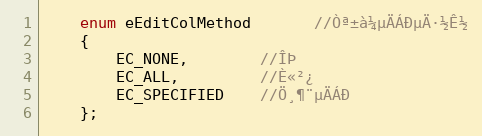
Language: C
    enum eEditColMethod       //Òª±à¼­µÄÁÐµÄ·½Ê½
    {
        EC_NONE,        //ÎÞ
        EC_ALL,         //È«²¿
        EC_SPECIFIED    //Ö¸¶¨µÄÁÐ
    };